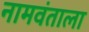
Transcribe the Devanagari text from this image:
नामवंताला